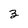
Character: 3